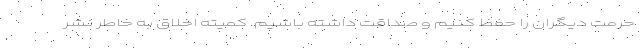
حرمت دیگران را حفظ کنیم و صداقت داشته باشیم. کمیته اخلاق به خاطر نشر